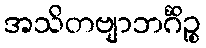
အသိတဗျာဘင်္ဂိဉ္စ